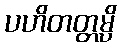
ပဟိတတ္တမ္ပိ